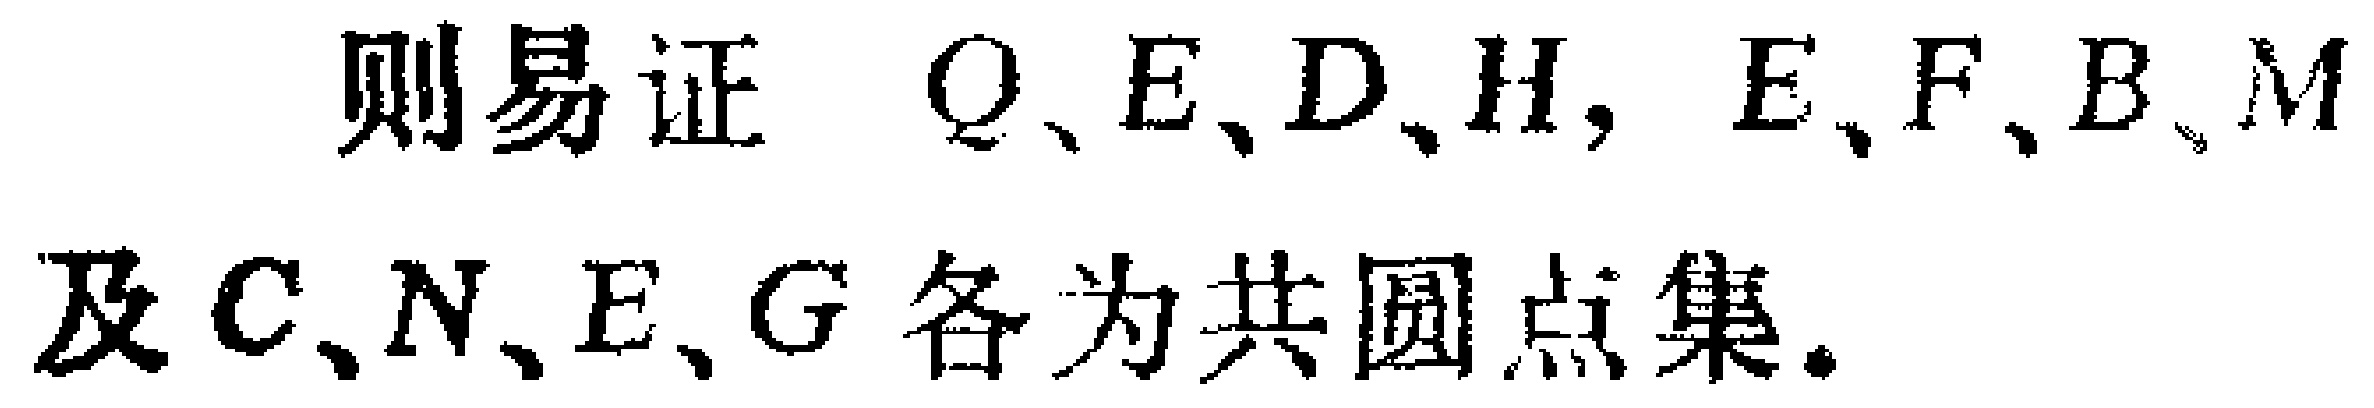
则易证 \(Q、E、D、H,\ E、F、B、M\) 及 \(C、N、E、G\) 各为共圆点集.